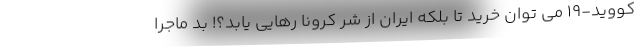
کووید-19 می توان خرید تا بلکه ایران از شر کرونا رهایی یابد؟! بد ماجرا